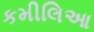
કમીલિઆ